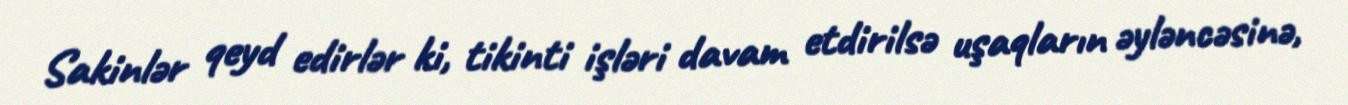
Sakinlər qeyd edirlər ki, tikinti işləri davam etdirilsə uşaqların əyləncəsinə,